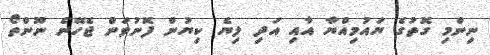
ނިންމި ގޮތުގެ ޔައުމިއްޔާ އާއި އަދި ލިޔެ ކިޔުން ފޮނުވަން ޖެހޭނެ ނޫންތޯ